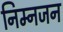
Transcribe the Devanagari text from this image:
निम्नजन